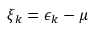
\xi _ { k } = \epsilon _ { k } - \mu